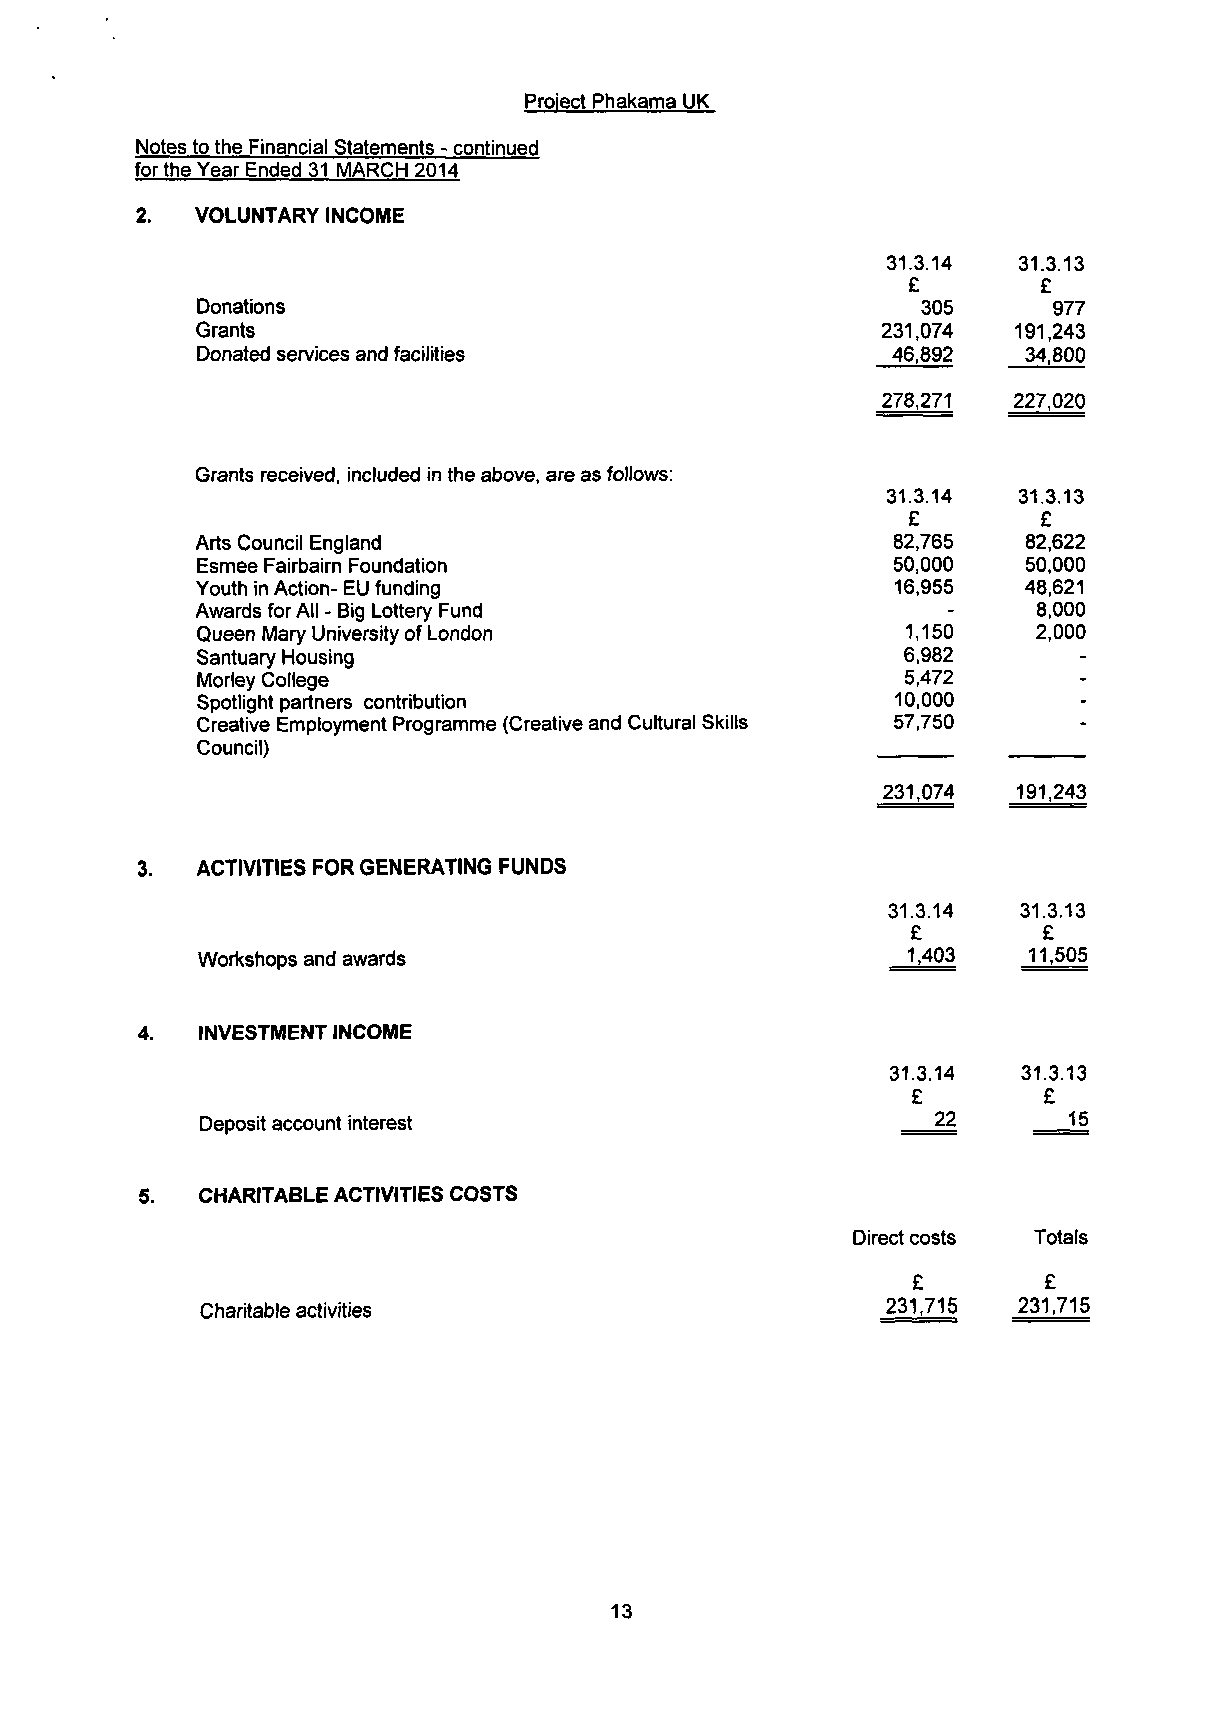
Project Phakama UK
 Notes to the Financial Statements - continued
 for the Year Ended 31 MARCH 2014
 2.  VOLUNTARY INCOME
 31.3.14 31.3.13
 £        £
 Donations                                       305      977
 Grants                                       231,074  191,243
 Donated services and facilities               46,892   34,800
 278,271  227,020
 Grants received, included in the above, are as follows:
 31.3.14 31.3.13
 £        £
 Arts Council England                          82,765   82,622
 Esmee Fairbairn Foundation                    50,000   50,000
 Youth in Action- EU funding                   16,955   48,621
 Awards for All - Big Lottery Fund                 -     8,000
 Queen Mary University of London                1,150    2,000
 Santuary Housing                               6,982      -
 Morley College                                 5,472      -
 Spotlight partners contribution               10,000       -
 Creative Employment Programme (Creative and Cultural Skills 57,750 -
 Council)
 231,074  191,243
 ACTIVITIES FOR GENERATING FUNDS
 31.3.14 31.3.13
 £        £
 Workshops and awards                           1,403   11,505
 INVESTMENT INCOME
 31.3.14  31.3.13
 £        £
 Deposit account interest                         22       15
 CHARITABLE ACTIVITIES COSTS
 Direct costs Totals
 £        £
 Charitable activities                         231,715 231,715
 13